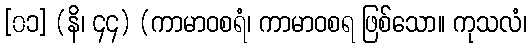
[၀၁] (နိ၊ ၄၄) (ကာမာဝစရံ၊ ကာမာဝစရ ဖြစ်သော။ ကုသလံ၊